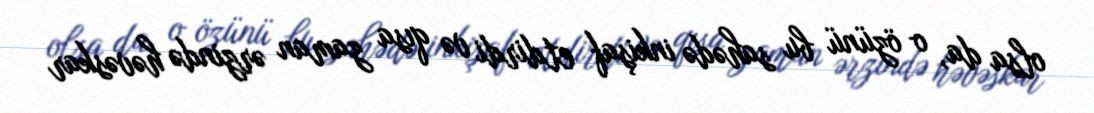
olsa da, o özünü bu sahədə inkişaf etdirdi və qısa zaman ərzində həvəskar